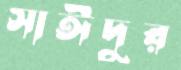
সাঈদুর